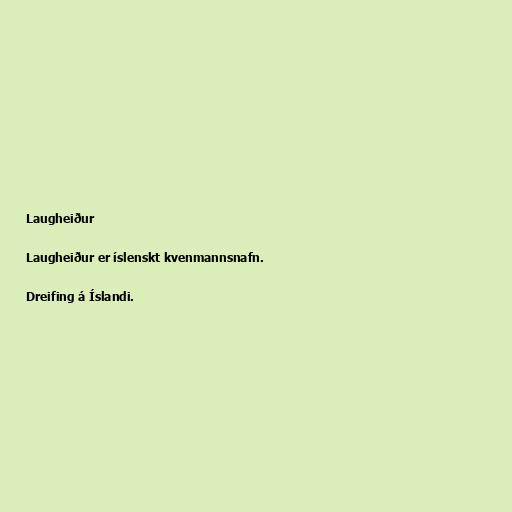
Laugheiður

Laugheiður er íslenskt kvenmannsnafn.

Dreifing á Íslandi.